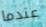
عندما